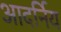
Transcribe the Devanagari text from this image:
आदर्निय